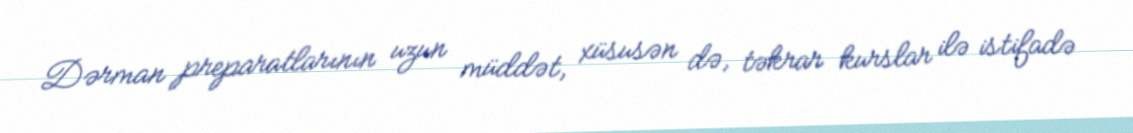
Dərman preparatlarının uzun müddət, xüsusən də, təkrar kurslar ilə istifadə